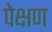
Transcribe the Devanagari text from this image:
पेक्षण